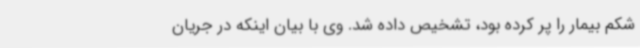
شکم بیمار را پر کرده بود، تشخیص داده شد. وی با بیان اینکه در جریان